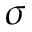
\sigma